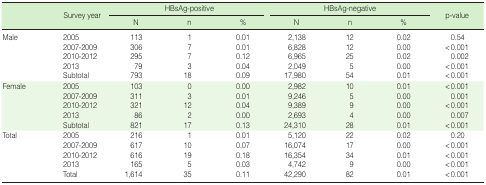
<table><thead><tr><td rowspan="2"></td><td rowspan="2"><b>Survey year</b></td><td colspan="3"><b>HBsAg-positive</b></td><td colspan="3"><b>HBsAg-negative</b></td><td rowspan="2"><b>p-value</b></td></tr><tr><td><b>N</b></td><td><b>n</b></td><td><b>%</b></td><td><b>N</b></td><td><b>n</b></td><td><b>%</b></td></tr></thead><tbody><tr><td>Male</td><td>2005</td><td>113</td><td>1</td><td>0.01</td><td>2,138</td><td>12</td><td>0.02</td><td>0.54</td></tr><tr><td></td><td>2007-2009</td><td>306</td><td>7</td><td>0.01</td><td>6,828</td><td>12</td><td>0.00</td><td>&lt;0.001</td></tr><tr><td></td><td>2010-2012</td><td>295</td><td>7</td><td>0.12</td><td>6,965</td><td>25</td><td>0.02</td><td>0.002</td></tr><tr><td></td><td>2013</td><td>79</td><td>3</td><td>0.04</td><td>2,049</td><td>5</td><td>0.00</td><td>&lt;0.001</td></tr><tr><td></td><td>Subtotal</td><td>793</td><td>18</td><td>0.09</td><td>17,980</td><td>54</td><td>0.01</td><td>&lt;0.001</td></tr><tr><td>Female</td><td>2005</td><td>103</td><td>0</td><td>0.00</td><td>2,982</td><td>10</td><td>0.01</td><td>&lt;0.001</td></tr><tr><td></td><td>2007-2009</td><td>311</td><td>3</td><td>0.01</td><td>9,246</td><td>5</td><td>0.00</td><td>0.001</td></tr><tr><td></td><td>2010-2012</td><td>321</td><td>12</td><td>0.04</td><td>9,389</td><td>9</td><td>0.00</td><td>&lt;0.001</td></tr><tr><td></td><td>2013</td><td>86</td><td>2</td><td>0.00</td><td>2,693</td><td>4</td><td>0.00</td><td>0.007</td></tr><tr><td></td><td>Subtotal</td><td>821</td><td>17</td><td>0.13</td><td>24,310</td><td>28</td><td>0.01</td><td>&lt;0.001</td></tr><tr><td>Total</td><td>2005</td><td>216</td><td>1</td><td>0.01</td><td>5,120</td><td>22</td><td>0.02</td><td>0.20</td></tr><tr><td></td><td>2007-2009</td><td>617</td><td>10</td><td>0.07</td><td>16,074</td><td>17</td><td>0.00</td><td>&lt;0.001</td></tr><tr><td></td><td>2010-2012</td><td>616</td><td>19</td><td>0.18</td><td>16,354</td><td>34</td><td>0.01</td><td>&lt;0.001</td></tr><tr><td></td><td>2013</td><td>165</td><td>5</td><td>0.03</td><td>4,742</td><td>9</td><td>0.00</td><td>&lt;0.001</td></tr><tr><td></td><td>Total</td><td>1,614</td><td>35</td><td>0.11</td><td>42,290</td><td>82</td><td>0.01</td><td>&lt;0.001</td></tr></tbody></table>